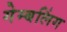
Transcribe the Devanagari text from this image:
गेम्बलिंग